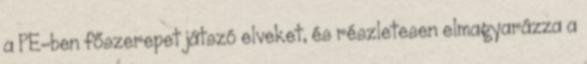
a PE-ben főszerepet játszó elveket, és részletesen elmagyarázza a